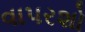
વાપરશો